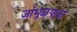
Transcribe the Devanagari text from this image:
जांभूळपाडा